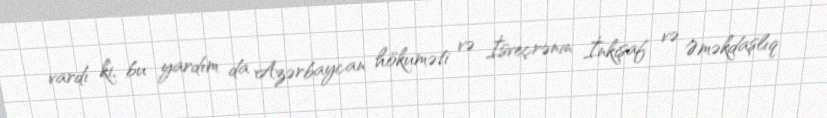
vardı ki, bu yardım da Azərbaycan hökuməti və İsveçrənin İnkişaf və Əməkdaşlıq